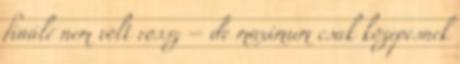
finálé nem volt rossz – de maximum csak közepesnek